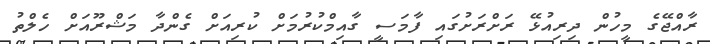
ރާއްޖޭގެ މީހުން ދިރިއުޅޭ ރަށްރަށުގައި ފާމަސީ ގާއިމްކުރުމަށް ކުރިއަށް ގެންދާ މަޝްރޫއަށް ހެލްތު